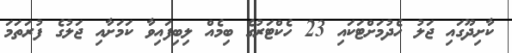
ކާށިދޫގައި ޖަލު ހެދުމަށްޓަކައި 23 ހެކްޓަރުގެ ބިމެއް ލިބިފައިވާ ކަމަށާއި ޖަލުގެ ފުރަތަމަ